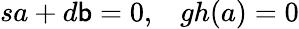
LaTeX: sa+d\mathsf{b}=0,\; \; \; gh(a)=0